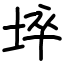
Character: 埣